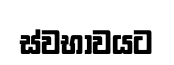
ස්වභාවයට